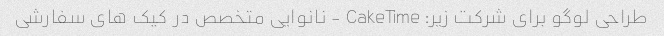
طراحی لوگو برای شرکت زیر: CakeTime - نانوایی متخصص در کیک های سفارشی